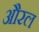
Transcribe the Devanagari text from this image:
औरल